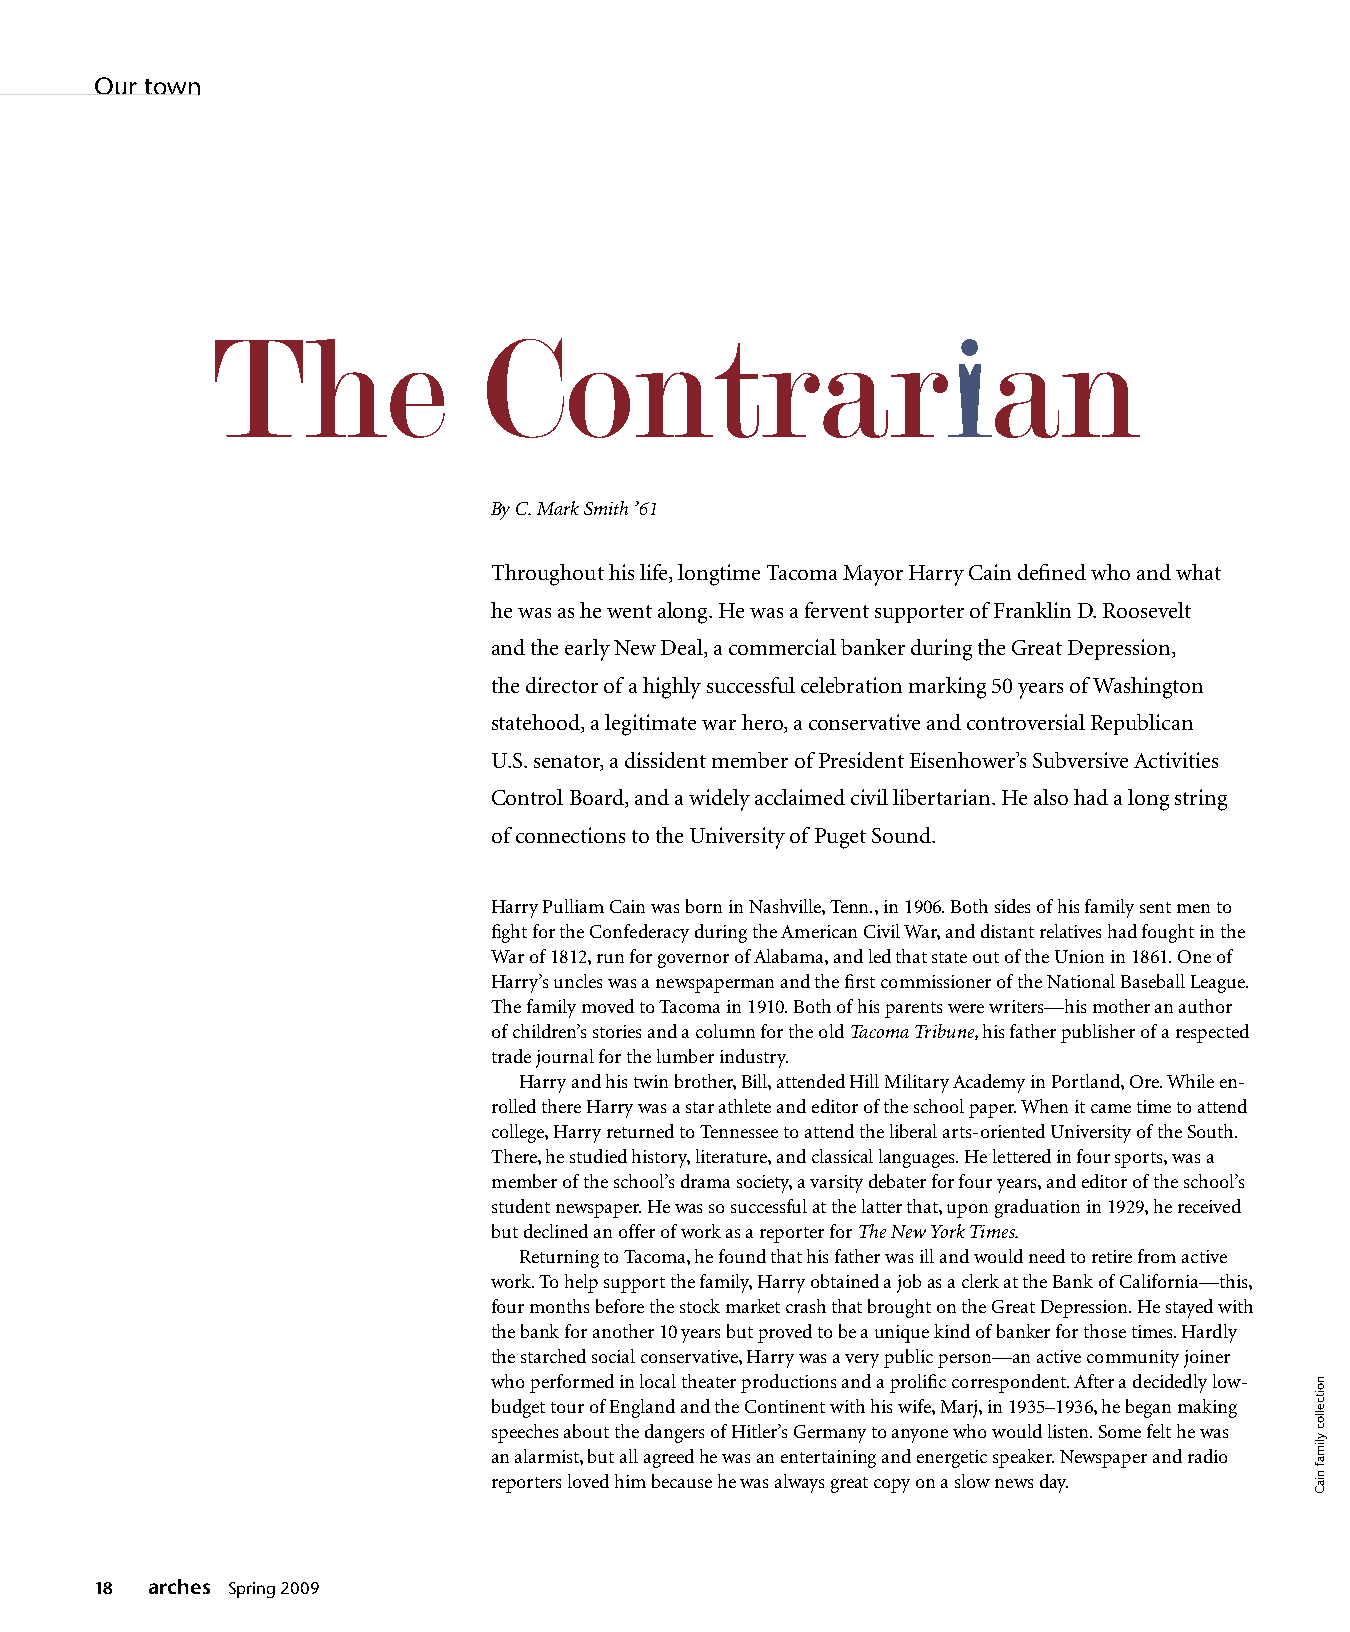
Our town
 The               Contrar                           an
 By C. Mark Smith ’61
 Throughout his life, longtime Tacoma Mayor Harry Cain defined who and what
 he was as he went along. He was a fervent supporter of Franklin D. Roosevelt
 and the early New Deal, a commercial banker during the Great Depression,
 the director of a highly successful celebration marking 50 years of Washington
 statehood, a legitimate war hero, a conservative and controversial Republican
 U.S. senator, a dissident member of President Eisenhower’s Subversive Activities
 Control Board, and a widely acclaimed civil libertarian. He also had a long string
 of connections to the University of Puget Sound.
 Harry Pulliam Cain was born in Nashville, Tenn., in 1906. Both sides of his family sent men to
 fight for the Confederacy during the American Civil War, and distant relatives had fought in the
 War of 1812, run for governor of Alabama, and led that state out of the Union in 1861. One of
 Harry’s uncles was a newspaperman and the first commissioner of the National Baseball League.
 The family moved to Tacoma in 1910. Both of his parents were writers—his mother an author
 of children’s stories and a column for the old Tacoma Tribune, his father publisher of a respected
 trade journal for the lumber industry.
 Harry and his twin brother, Bill, attended Hill Military Academy in Portland, Ore. While en-
 rolled there Harry was a star athlete and editor of the school paper. When it came time to attend
 college, Harry returned to Tennessee to attend the liberal arts-oriented University of the South.
 There, he studied history, literature, and classical languages. He lettered in four sports, was a
 member of the school’s drama society, a varsity debater for four years, and editor of the school’s
 student newspaper. He was so successful at the latter that, upon graduation in 1929, he received
 but declined an offer of work as a reporter for The New York Times.
 Returning to Tacoma, he found that his father was ill and would need to retire from active
 work. To help support the family, Harry obtained a job as a clerk at the Bank of California—this,
 four months before the stock market crash that brought on the Great Depression. He stayed with
 the bank for another 10 years but proved to be a unique kind of banker for those times. Hardly
 the starched social conservative, Harry was a very public person—an active community joiner
 who performed in local theater productions and a prolific correspondent. After a decidedly low-
 budget tour of England and the Continent with his wife, Marj, in 1935–1936, he began making
 speeches about the dangers of Hitler’s Germany to anyone who would listen. Some felt he was
 an alarmist, but all agreed he was an entertaining and energetic speaker. Newspaper and radio
 reporters loved him because he was always great copy on a slow news day.
 18  arches Spring 2009
 noitcelloc
 ylimaf
 niaC